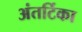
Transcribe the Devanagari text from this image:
अंतर्टिका